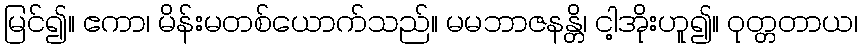
မြင်၍။ ဧကာ၊ မိန်းမတစ်ယောက်သည်။ မမဘာဇနန္တိ၊ ငါ့အိုးဟူ၍။ ဝုတ္တတာယ၊